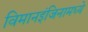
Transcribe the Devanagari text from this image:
विमानइंजिनामध्ये